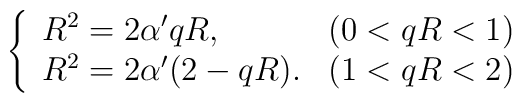
\left\{\begin{array}{ll}R^2 = 2\alpha'qR, & (0<qR<1) \\R^2 = 2\alpha'(2-qR). & (1<qR<2)\end{array}\right.